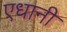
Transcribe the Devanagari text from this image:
एधानी